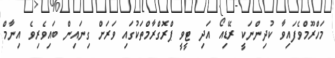
މަހްރޫމްވެފައިވާ ކުދިންނަކީ ރޭޑިއޯ އަދި ޓީވީ ޕްރޮގްރާމްތަކުގައި ވަރަށް ގިނައިން ބައިވެރިވެ އިނާމް